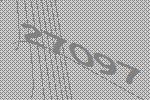
27097